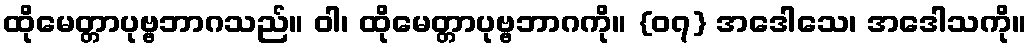
ထိုမေတ္တာပုဗ္ဗဘာဂသည်။ ဝါ၊ ထိုမေတ္တာပုဗ္ဗဘာဂကို။ {၀၇} အဒေါသေ၊ အဒေါသကို။